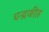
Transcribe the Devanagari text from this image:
चन्द्रजीत